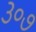
૩૦૭